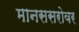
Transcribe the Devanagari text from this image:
मानससरोवर